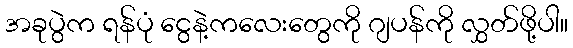
အခုပွဲက ရန်ပုံ ငွေနဲ့ကလေးတွေကို ဂျပန်ကို လွှတ်ဖို့ပါ။